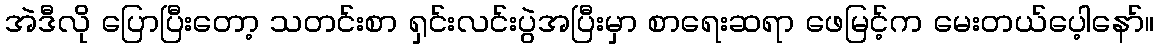
အဲဒီလို ပြောပြီးတော့ သတင်းစာ ရှင်းလင်းပွဲအပြီးမှာ စာရေးဆရာ ဖေမြင့်က မေးတယ်ပေ့ါနော်။